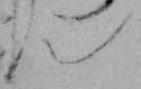
ん